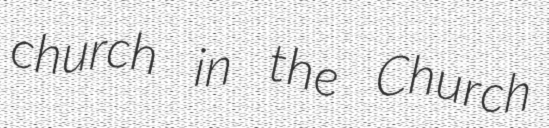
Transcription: church in the Church